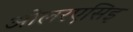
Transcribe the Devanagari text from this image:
ओलरएसिइ